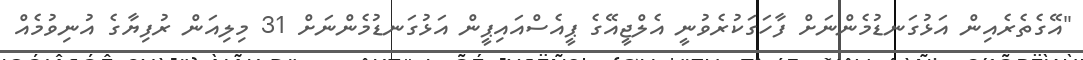
"އޭގެތެރެއިން އަޅުގަނޑުމެންނަށް ފާހަގަކުރެވުނީ އެލްޖީއޭގެ ޕީއެސްއައިޕީން އަޅުގަނޑުމެންނަށް 31 މިލިއަން ރުފިޔާގެ އުނިވުމެއް